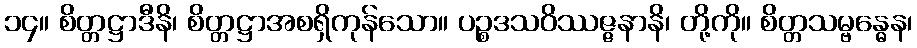
၁၄။ စိတ္တဋ္ဌာဒီနိ၊ စိတ္တဋ္ဌာအစရှိကုန်သော။ ပဉ္စဒသဝိဿဇ္ဇနာနိ၊ တို့ကို။ စိတ္တသမ္ဗန္ဓေန၊